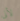
لأنى